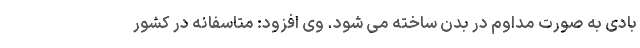
بادی به صورت مداوم در بدن ساخته می شود. وی افزود: متاسفانه در کشور